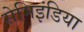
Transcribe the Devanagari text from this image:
सेमिइंडिया